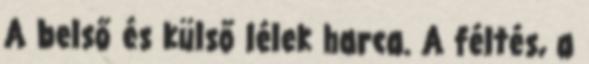
A belső és külső lélek harca. A féltés, a